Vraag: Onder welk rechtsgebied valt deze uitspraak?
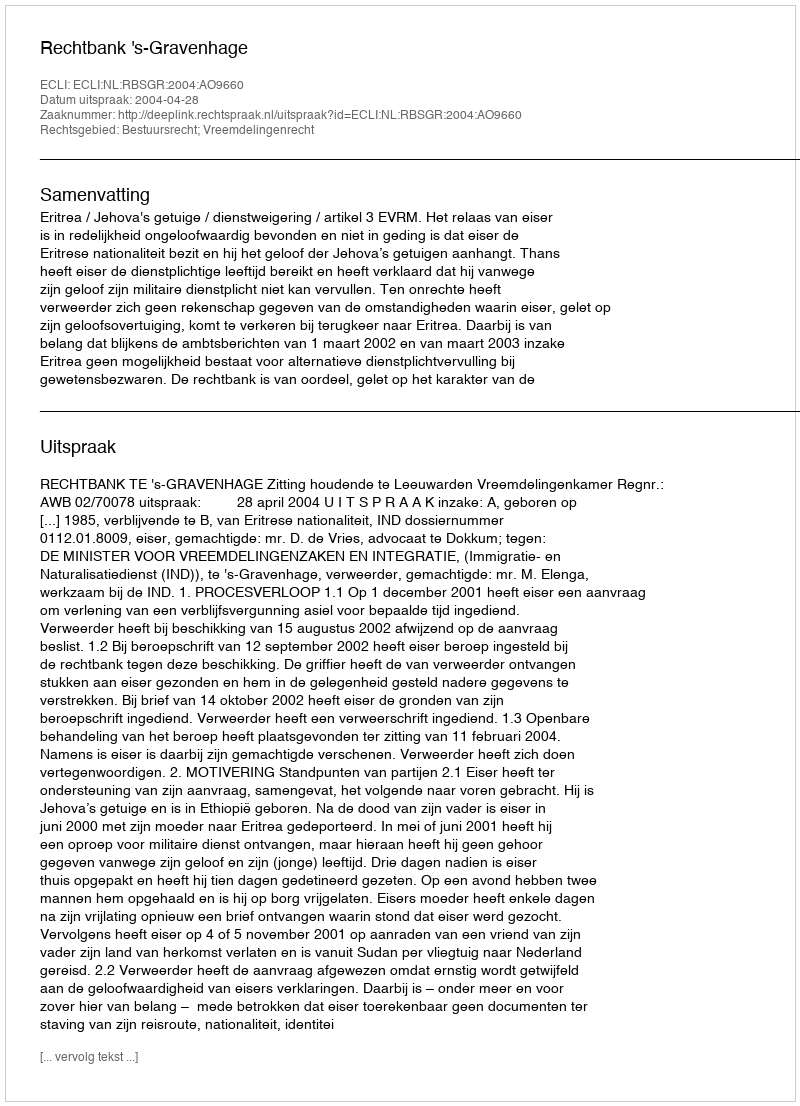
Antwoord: Bestuursrecht; Vreemdelingenrecht